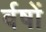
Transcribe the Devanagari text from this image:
र्वषों